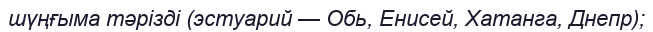
шүңғыма тәрізді (эстуарий — Обь, Енисей, Хатанга, Днепр);